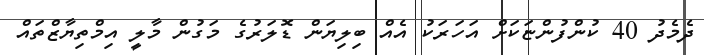
ދެމެދު 40 ކުންފުންޏަކަށް އަހަރަކު އެއް ބިލިޔަން ޑޮލަރުގެ މަގުން މާލީ އިމްތިޔާޒްތައް